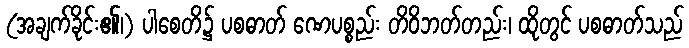
(အချက်ခိုင်း၏၊) ပါစေတိ၌ ပစဓာတ် ဏေပစ္စည်း တိဝိဘတ်တည်း၊ ထိုတွင် ပစဓာတ်သည်